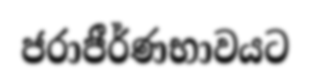
ජරාජීර්ණභාවයට